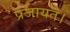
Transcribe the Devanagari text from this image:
प्रजायते।